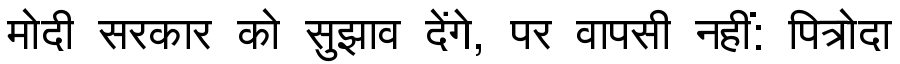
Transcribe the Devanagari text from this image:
मोदी सरकार को सुझाव देंगे, पर वापसी नहीं: पित्रोदा